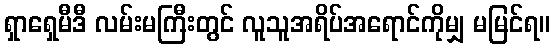
ရှာရှေမီဒီ လမ်းမကြီးတွင် လူသူအရိပ်အရောင်ကိုမျှ မမြင်ရ။